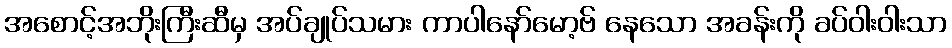
အစောင့်အဘိုးကြီးဆီမှ အပ်ချုပ်သမား ကာပါနော်မော့ဗ် နေသော အခန်းကို ခပ်ဝါးဝါးသာ